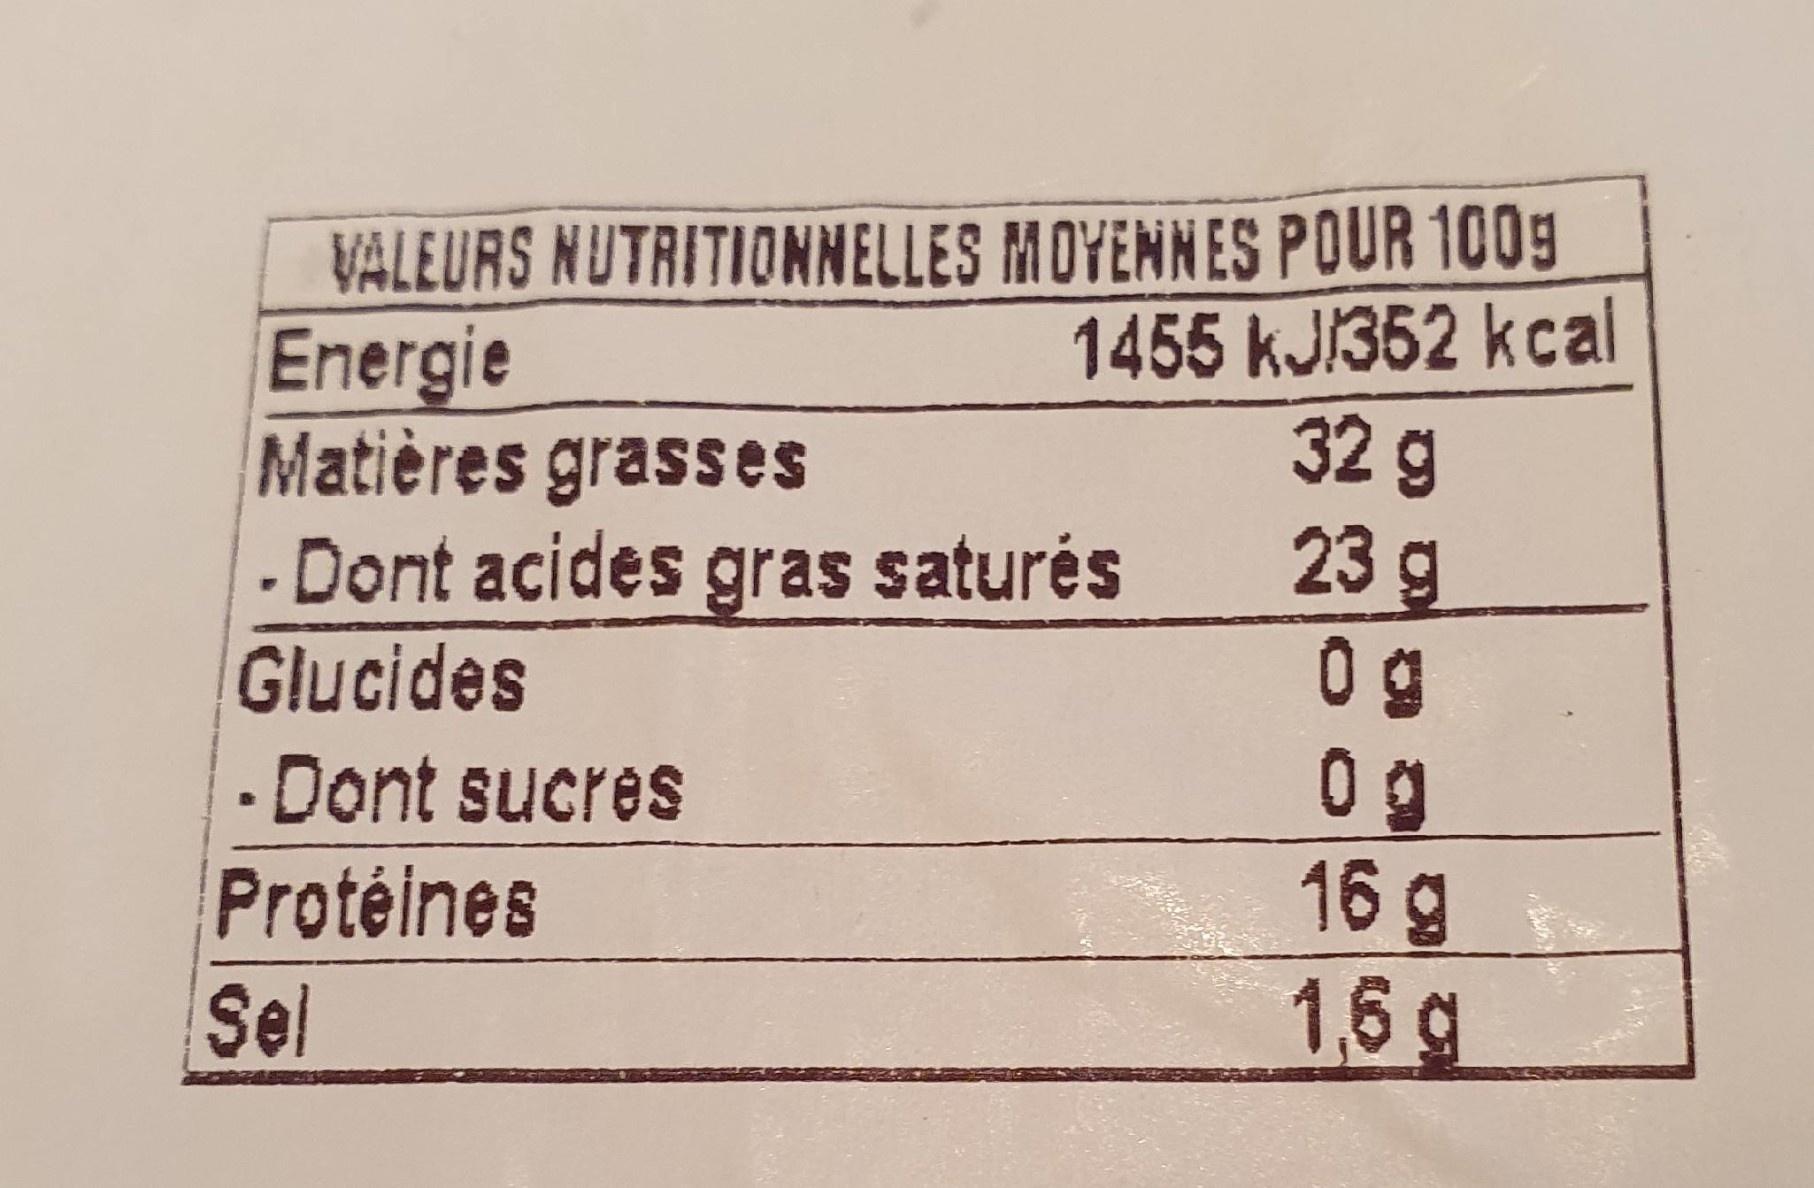
VALEURS NUTRITIONNELLES MOYENNES POUR 1009
1455 kJ/352 kcal 32g 23 g 0 g 0 g 16 g 1,6 g
Energie Matières grasses - Dont acides gras saturés
Glucides
· Dont sucres
Protéines
Sel